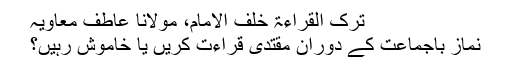
ترک القراءۃ خلف الامام، مولانا عاطف معاویہ
نماز باجماعت کے دوران مقتدی قراءت کریں یا خاموش رہیں؟